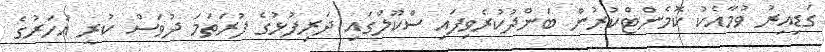
ގަޑިއިރު ވުމާއެކު ކޮމެންޓްކުރުން ބަންދުކުރެވިފައި ސްކޫލްގައި ދަރިފުޅުގެ ފުރަތަމަ ދުވަސް ކުރީ އަހަރުގެ